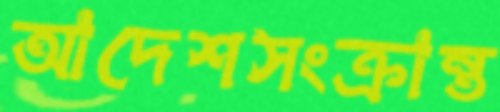
আদেশসংক্রান্ত